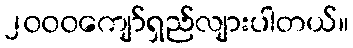
၂၀၀၀ကျော်ရှည်လျားပါတယ်။